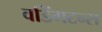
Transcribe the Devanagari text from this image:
वडिंगटन्स